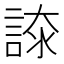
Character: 𧩚